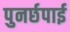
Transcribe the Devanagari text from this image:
पुनर्छपाई